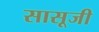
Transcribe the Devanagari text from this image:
सासूजी